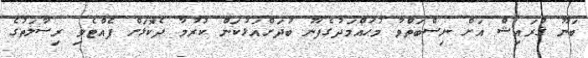
ބަނޫ ޤުރައިޝް އަށް ނިސްބަތްވާ މުޙައްމަދުގެފާނު ބުދަށްއަޅުކަން ކުރުމާ ދެކޮޅަށް ފެއްޓެވި ރިސާލަތުގެ